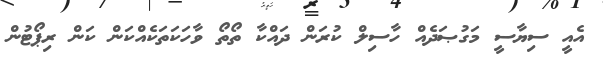
އެއީ ސިޔާސީ މަގުޞަދެއް ހާސިލް ކުރަން ދައްކާ ތޯތޯ ވާހަކަތަކެއްކަން ކަން ރިޕޯޓުން